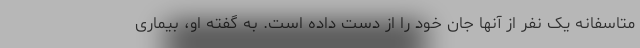
متاسفانه یک نفر از آنها جان خود را از دست داده است. به گفته او، بیماری